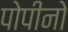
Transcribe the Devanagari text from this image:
पोपीनो